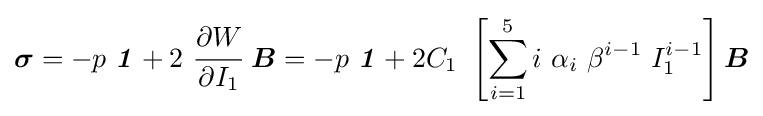
{\boldsymbol {\sigma }}=-p~{\boldsymbol {\mathit {1}}}+2~{\cfrac {\partial W}{\partial I_{1}}}~{\boldsymbol {B}}=-p~{\boldsymbol {\mathit {1}}}+2C_{1}~\left[\sum _{i=1}^{5}i~\alpha _{i}~\beta ^{i-1}~I_{1}^{i-1}\right]{\boldsymbol {B}}